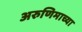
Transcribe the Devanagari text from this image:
अरुणिमाच्या